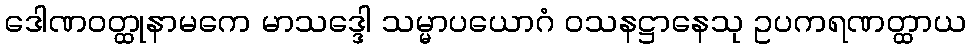
ဒေါဏဝတ္ထုနာမကေ မာသဒ္ဒေါ သမ္မာပယောဂံ ဝသနဋ္ဌာနေသု ဥပကရဏတ္ထာယ